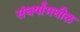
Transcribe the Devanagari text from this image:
संघर्षांमधील